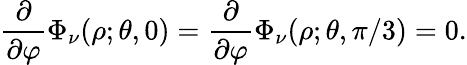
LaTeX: \frac{\partial}{\partial\varphi}\Phi_{\nu}(\rho;\theta,0)=\frac{\partial}{\partial\varphi}\Phi_{\nu}(\rho;\theta,\pi/3)=0.